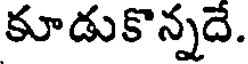
కూడుకొన్నదే.